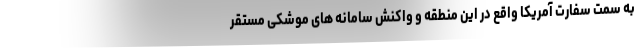
به سمت سفارت آمریکا واقع در این منطقه و واکنش سامانه های موشکی مستقر